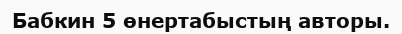
Бабкин 5 өнертабыстың авторы.